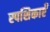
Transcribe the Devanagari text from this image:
स्पशिकाएँ